38_143685_box_Incident_Summaries_173-233
Agency: Department of War
Page 38
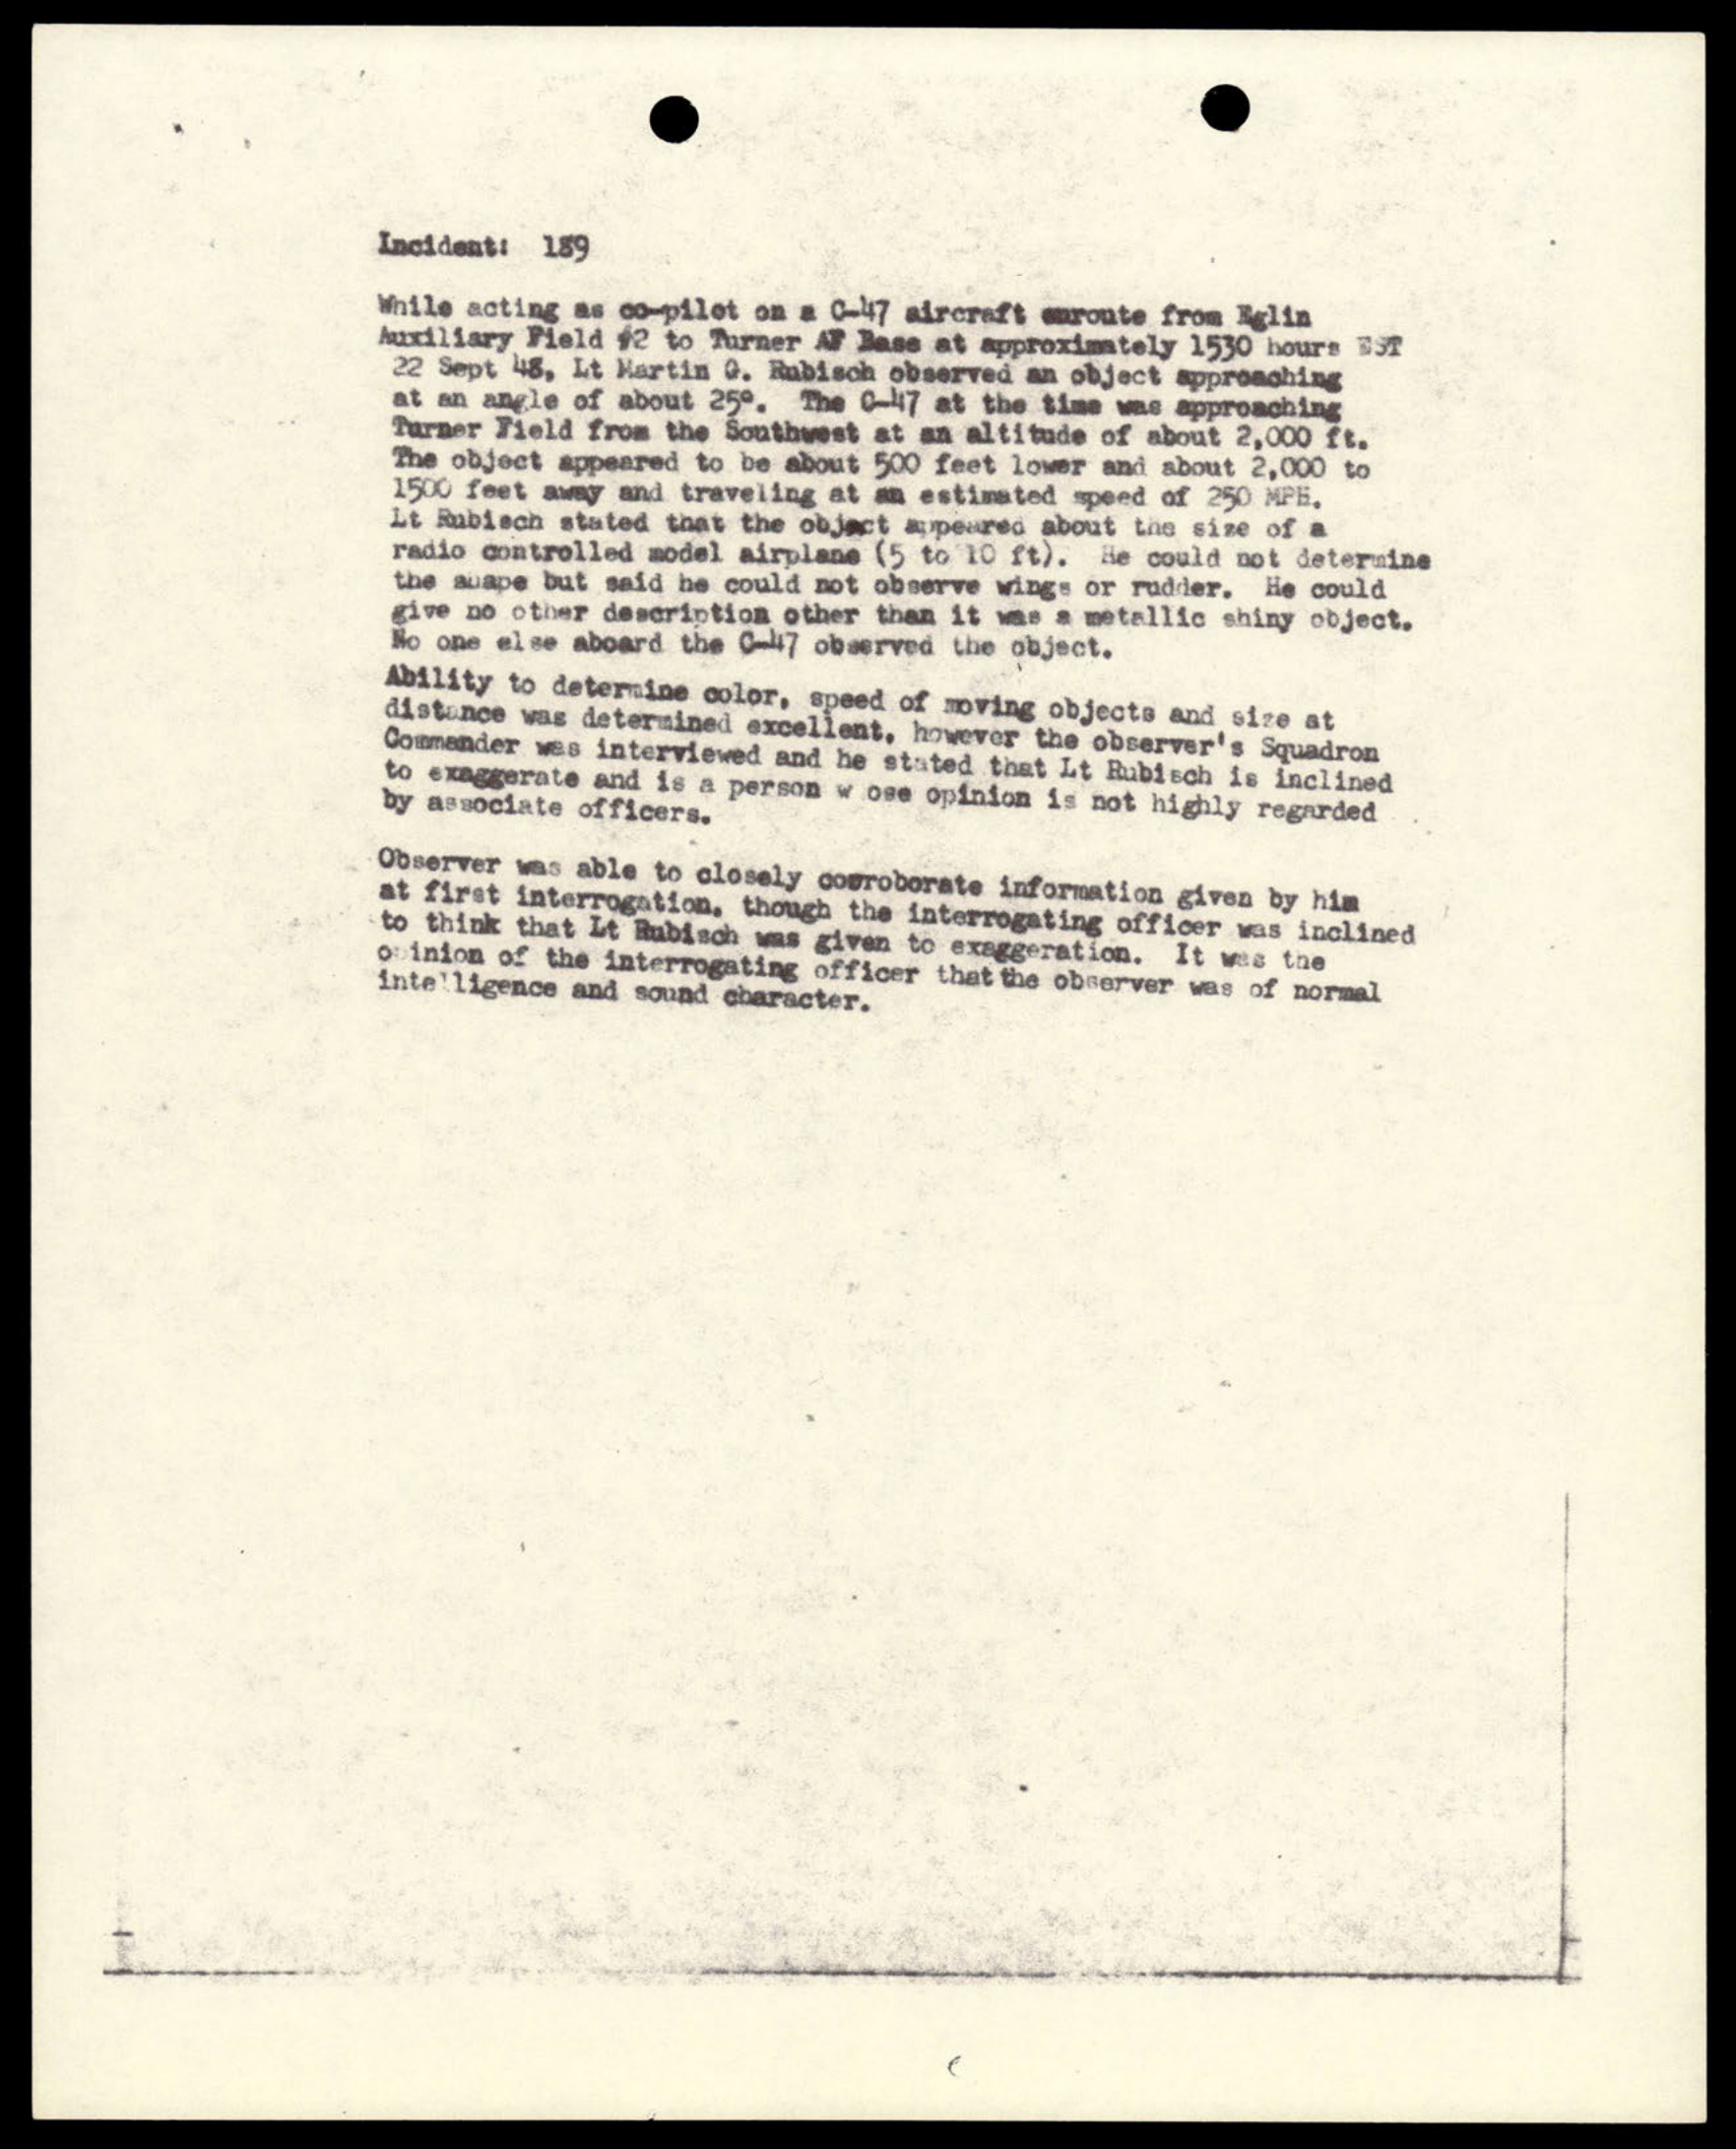